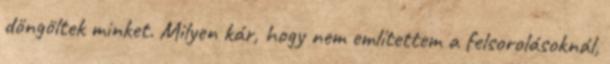
döngöltek minket. Milyen kár, hogy nem említettem a felsorolásoknál,